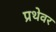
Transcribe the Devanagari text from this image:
प्रथेवर